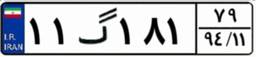
۱۱گ۱۸۱۷۹